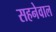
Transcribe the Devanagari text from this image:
सहनेवाल